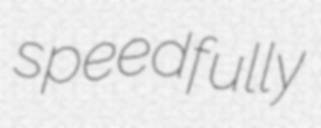
speedfully